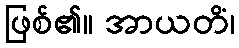
ဖြစ်၏။ အာယတိံ၊